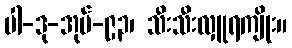
ပါ-ဒု-အုပ်-၉၃၊ သီးသီးလှူရကျိုး။